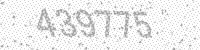
Solution: 439775